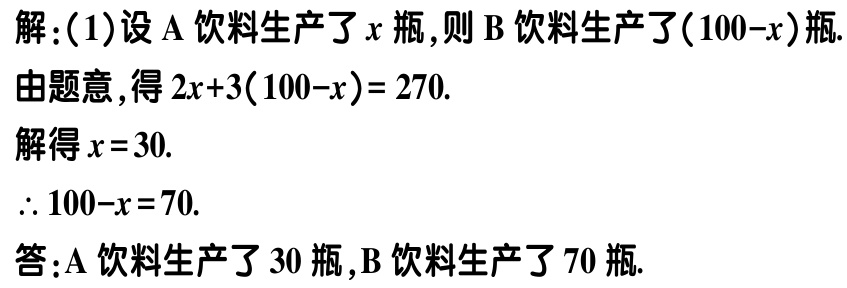
解：(1)设\(A\)饮料生产了\(x\)瓶，则\(B\)饮料生产了\((100 - x)\)瓶.

由题意，得\(2x + 3(100 - x) = 270\).

解得\(x = 30\).

\(\therefore 100 - x = 70\).

答：\(A\)饮料生产了\(30\)瓶，\(B\)饮料生产了\(70\)瓶.